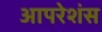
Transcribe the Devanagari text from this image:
आपरेशंस